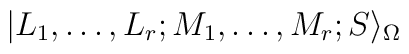
|L_1, \ldots, L_r; M_1, \ldots, M_r; S \rangle_\Omega \nonumber